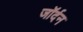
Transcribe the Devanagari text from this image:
जॉर्दन